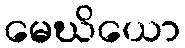
မေဃိယော